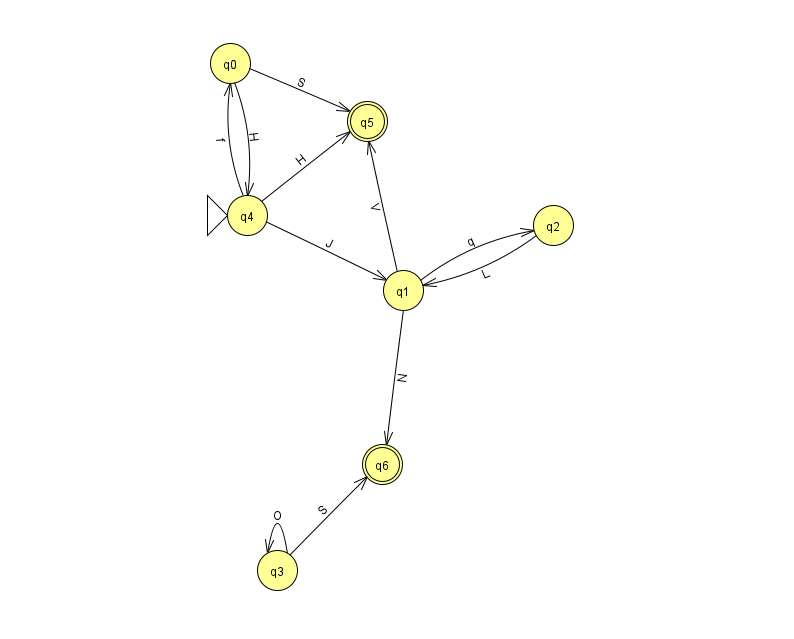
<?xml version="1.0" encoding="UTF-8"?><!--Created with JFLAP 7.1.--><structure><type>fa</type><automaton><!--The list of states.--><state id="0" name="q0"><x>230.0</x><y>50.0</y></state><state id="1" name="q1"><x>403.0</x><y>277.0</y></state><state id="2" name="q2"><x>553.0</x><y>212.0</y></state><state id="3" name="q3"><x>277.0</x><y>557.0</y></state><state id="4" name="q4"><x>247.0</x><y>202.0</y><initial/></state><state id="5" name="q5"><x>367.0</x><y>108.0</y><final/></state><state id="6" name="q6"><x>382.0</x><y>451.0</y><final/></state><!--The list of transitions.--><transition><from>0</from><to>4</to><read>H</read></transition><transition><from>3</from><to>6</to><read>S</read></transition><transition><from>4</from><to>1</to><read>J</read></transition><transition><from>1</from><to>6</to><read>N</read></transition><transition><from>1</from><to>2</to><read>q</read></transition><transition><from>4</from><to>5</to><read>H</read></transition><transition><from>2</from><to>1</to><read>L</read></transition><transition><from>0</from><to>5</to><read>S</read></transition><transition><from>1</from><to>5</to><read>V</read></transition><transition><from>4</from><to>0</to><read>f</read></transition><transition><from>3</from><to>3</to><read>O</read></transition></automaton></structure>